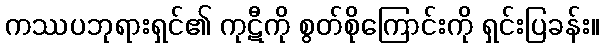
ကဿပဘုရားရှင်၏ ကုဋီကို စွတ်စိုကြောင်းကို ရှင်းပြခန်း။